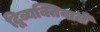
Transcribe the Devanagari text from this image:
द्विव्यक्तिवाले